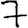
Digit: 7